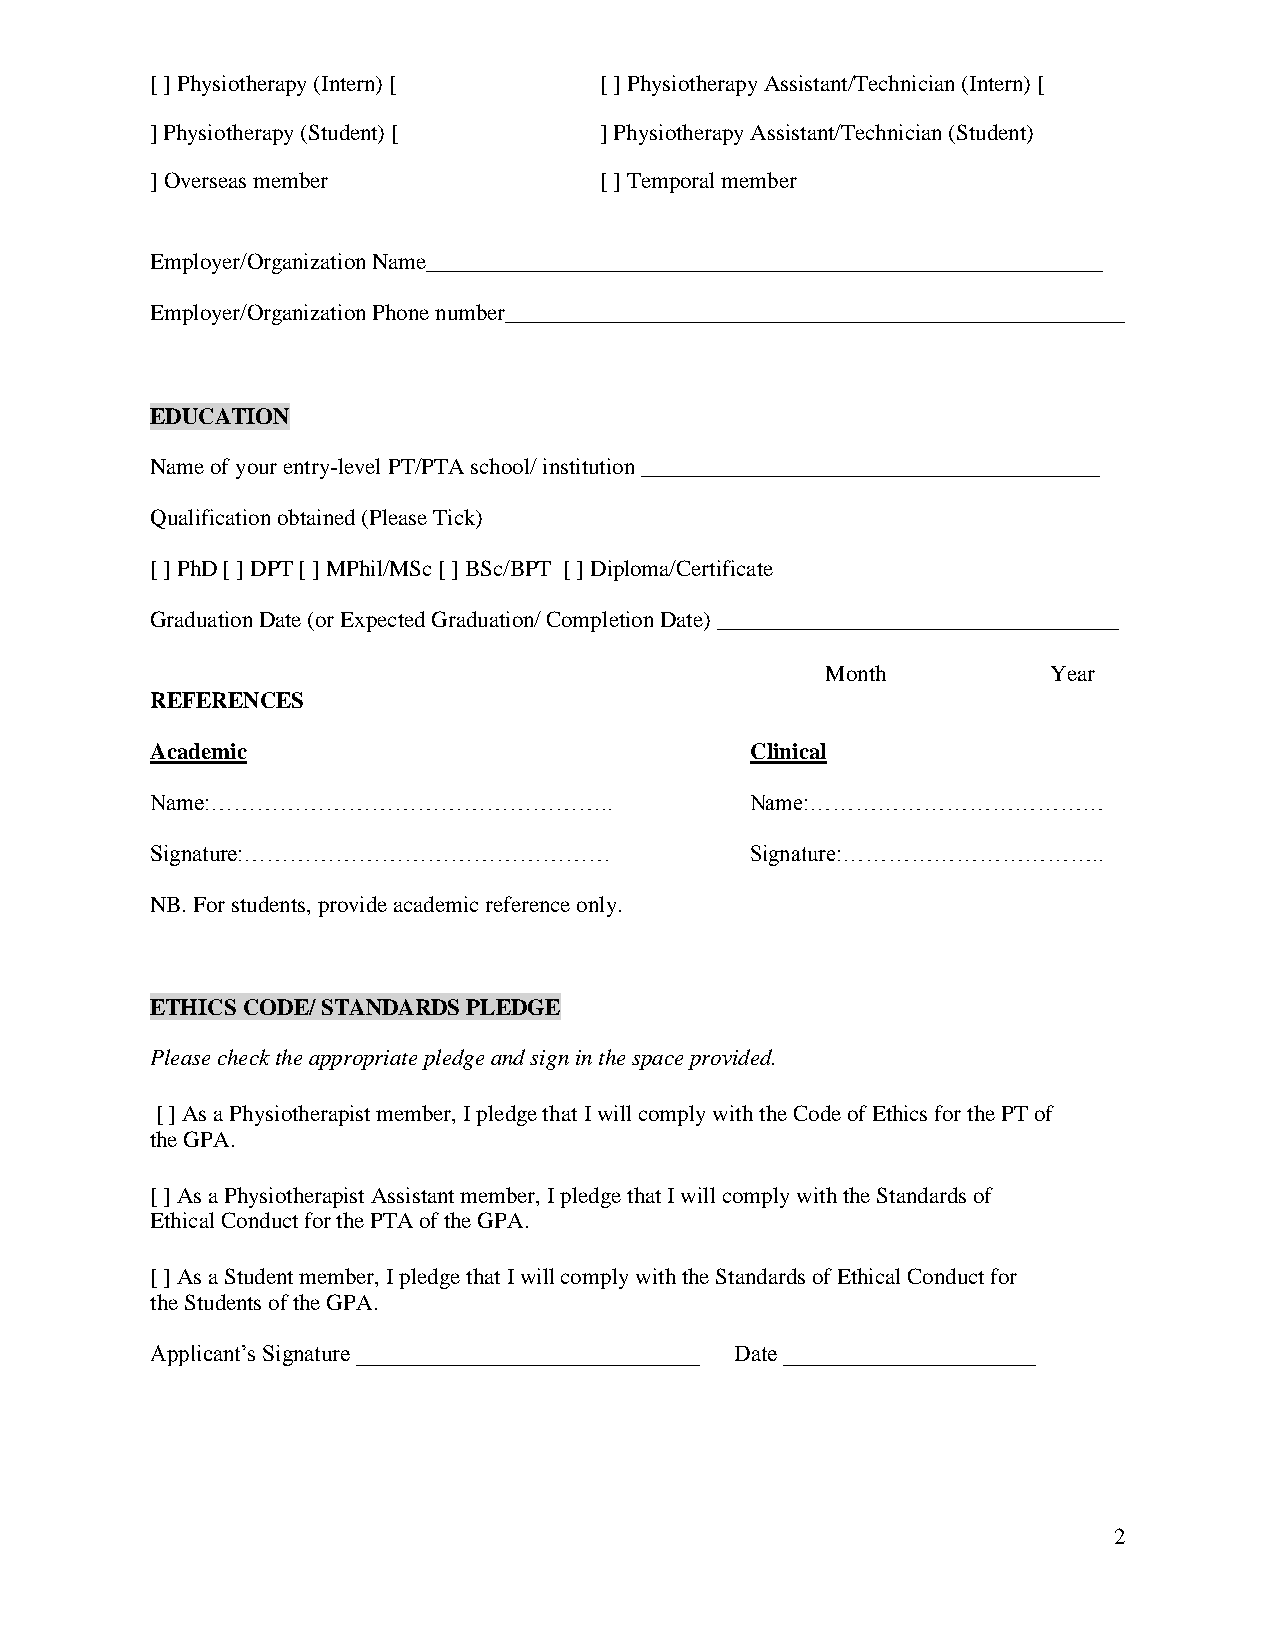
[ ] Physiotherapy (Intern) [  [ ] Physiotherapy Assistant/Technician (Intern) [
 ] Physiotherapy (Student) [   ] Physiotherapy Assistant/Technician (Student)
 ] Overseas member             [ ] Temporal member
 Employer/Organization Name___________________________________________________________
 Employer/Organization Phone number______________________________________________________
 EDUCATION
 Name of your entry-level PT/PTA school/ institution ________________________________________
 Qualification obtained (Please Tick)
 [ ] PhD [ ] DPT [ ] MPhil/MSc [ ] BSc/BPT [ ] Diploma/Certificate
 Graduation Date (or Expected Graduation/ Completion Date) ___________________________________
 Month          Year
 REFERENCES
 Academic                                Clinical
 Name:……………………………………………..                Name:…………………………………
 Signature:…………………………………………              Signature:……………………………..
 NB. For students, provide academic reference only.
 ETHICS CODE/ STANDARDS PLEDGE
 Please check the appropriate pledge and sign in the space provided.
 [ ] As a Physiotherapist member, I pledge that I will comply with the Code of Ethics for the PT of
 the GPA.
 [ ] As a Physiotherapist Assistant member, I pledge that I will comply with the Standards of
 Ethical Conduct for the PTA of the GPA.
 [ ] As a Student member, I pledge that I will comply with the Standards of Ethical Conduct for
 the Students of the GPA.
 Applicant’s Signature ______________________________ Date ______________________
 2